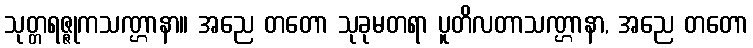
သုတ္တရဇ္ဇုကသဏ္ဌာနာ။ အညေ တတော သုခုမတရာ ပူတိလတာသဏ္ဌာနာ, အညေ တတော